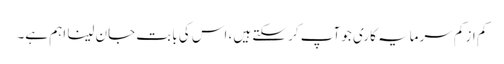
کم از کم سرمایہ کاری جو آپ کر سکتے ہیں، اس کی بابت جان لینا اہم ہے۔